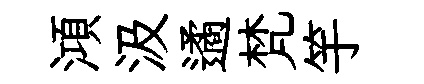
澒汲遹梵竽